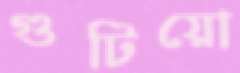
গুটিয়ো